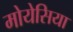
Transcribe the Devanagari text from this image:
मोयेसिया